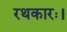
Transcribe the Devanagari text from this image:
रथकारः।